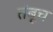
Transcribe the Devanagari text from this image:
तंबूच